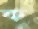
ক